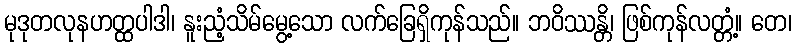
မုဒုတလုနဟတ္ထပါဒါ၊ နူးညံ့သိမ်မွေ့သော လက်ခြေရှိကုန်သည်။ ဘဝိဿန္တိ၊ ဖြစ်ကုန်လတ္တံ့။ တေ၊